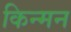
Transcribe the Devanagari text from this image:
किन्मन